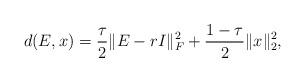
LaTeX: \begin{align*} d(E, x) = \frac{\tau}{2} \|E-rI\|_F^2 + \frac{1-\tau}{2} \|x\|_2^2,\end{align*}